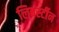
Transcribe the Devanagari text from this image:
लिबर्स्टीन